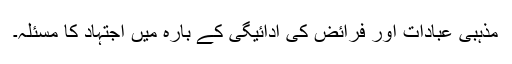
مذہبی عبادات اور فرائض کی ادائیگی کے بارہ میں اجتہاد کا مسئلہ۔